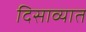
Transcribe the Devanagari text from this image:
दिसाव्यात